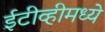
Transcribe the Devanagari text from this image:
ईटीव्हीमध्ये